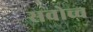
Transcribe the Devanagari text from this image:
सवोच्च